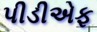
પીડીએફ